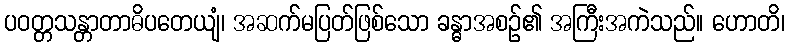
ပဝတ္တသန္တာတာဓိပတေယျံ၊ အဆက်မပြတ်ဖြစ်သော ခန္ဓာအစဉ်၏ အကြီးအကဲသည်။ ဟောတိ၊